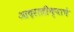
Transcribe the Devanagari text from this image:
आदरातीथ्याचे